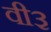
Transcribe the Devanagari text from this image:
वी३